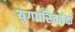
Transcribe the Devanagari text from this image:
युगपरिवर्तक